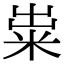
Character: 粜